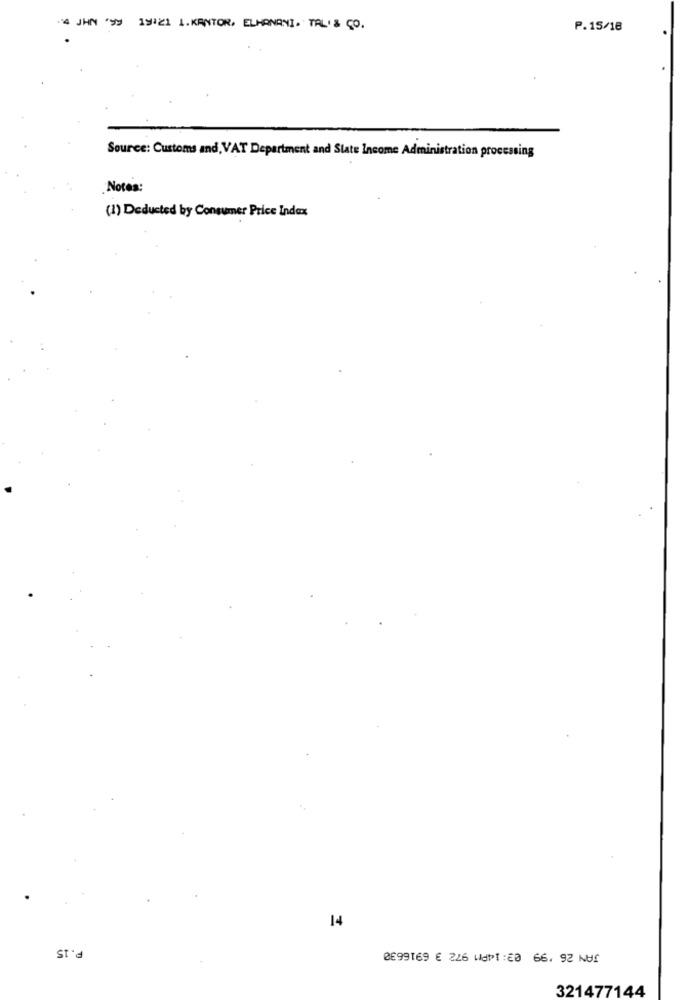
4 JHN ">> 19121 1. KANTOR, ELHANANI. TAL' & CO.
P.15/18
Source: Customs and, VAT Department and State Income Administration processing
Notes:
(1) Deducted by Consumer Price Index
14
P.15
0099169 € 226 811:20 66. 92 NU!
321477144